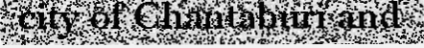
city of Chantaburi and